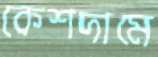
কেশদামে